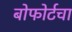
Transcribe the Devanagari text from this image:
बोफोर्टचा